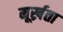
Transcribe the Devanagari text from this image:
मूर्ख्रता